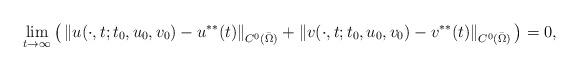
LaTeX: \begin{align*}\lim_{t \to \infty}\big( \left\| u(\cdot,t;t_0,u_0,v_0)-u^{**}(t) \right\|_{C^0(\bar\Omega)} +\left\| v(\cdot,t;t_0,u_0,v_0)-v^{**}(t) \right\|_{C^0(\bar\Omega)}\big)=0,\end{align*}